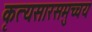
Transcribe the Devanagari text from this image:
कृत्यसारसमुच्चयः